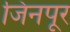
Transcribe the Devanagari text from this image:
जिनपूर